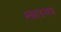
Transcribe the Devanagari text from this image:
स्वादगरु